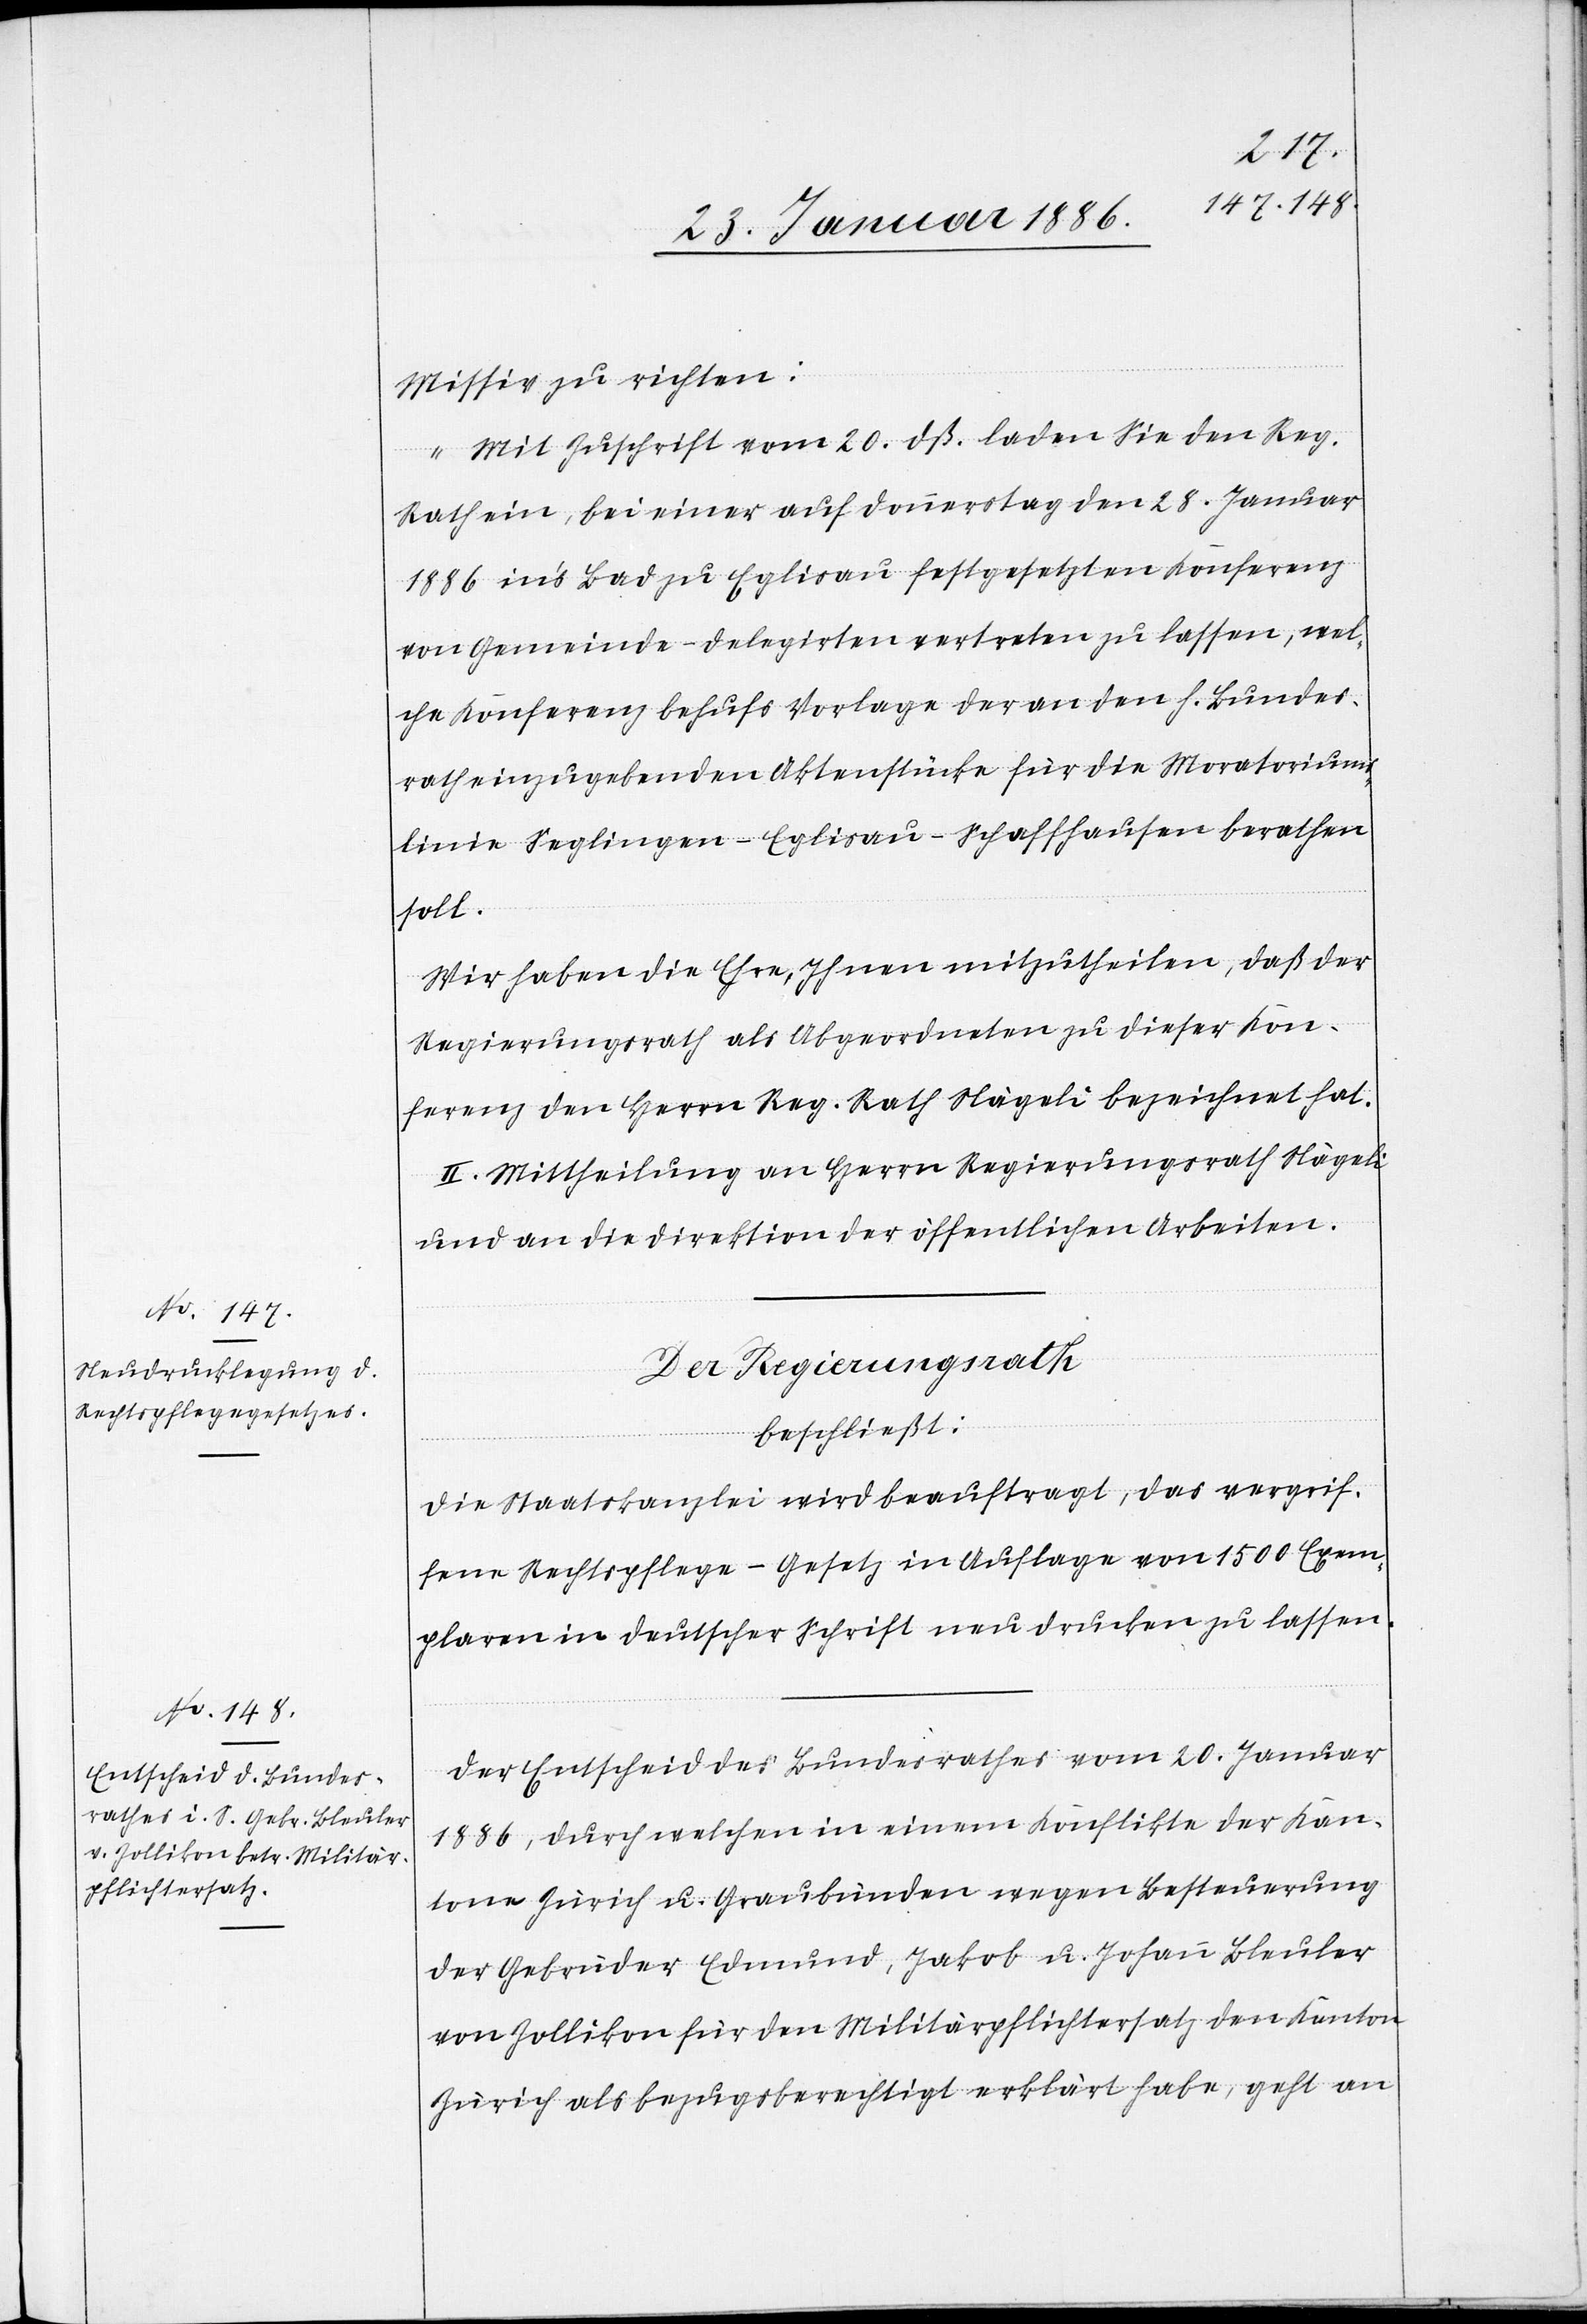
Missiv zu richten:
„Mit Zuschrift vom 20. dß. laden Sie den Reg.
Rath, bei einer auf Donnerstag den 28. Januar
1886 in’s Bad zu Eglisau festgesetzten Konferenz
von Gemeinde-Delegirten vertreten zu lassen, wel¬
che Konferenz behufs Vorlage der an den h. Bundes¬
rath einzugebenden Aktenstücke für die Moratoriums¬
linie Seglingen–Eglisau–Schaffhausen berathen
soll.
Wir haben die Ehre, Ihnen mitzutheilen, daß der
Regierungsrath als Abgeordneten zu dieser Kon¬
ferenz den Herrn Reg. Rath Nägeli bezeichnet hat.
II. Mittheilung an Herrn Regierungsrath Nägeli
und an die Direktion der öffentlichen Arbeiten.
Der Regierungsrath
beschließt:
Die Staatskanzlei wird beauftragt, das vergrif¬
fene Rechtspflege-Gesetz in Auflage von 1500 Exem¬
plaren in deutscher Schrift neu drucken zu lassen.
Der Entscheid des Bundesrathes vom 20. Januar
1886, durch welchen in einem Konflikte der Kan¬
ton Zürich u. Graubünden wegen Besteuerung
der Gebrüder Edmund, Jakob u. Johann Bleuler
von Zollikon für den Militärpflichtersatz den Kanton
Zürich als bezugsberechtigt erklärt habe, geht an